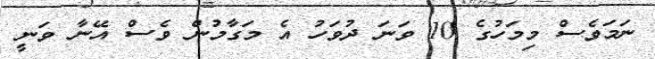
ނަމަވެސް މިމަހުގެ 10 ވަނަ ދުވަހު އެ މަގާމުން ވެސް އޭނާ ވަނީ